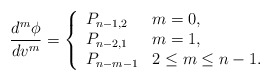
\begin{align*} \frac{d^m\phi}{dv^m}=\left\{ \begin{array}{ll} P_{n-1,2} & m=0,\\ P_{n-2,1} & m=1,\\ P_{n-m-1} & 2\leq m\leq n-1. \end{array}\right.\end{align*}